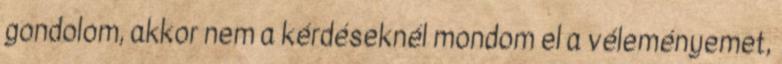
gondolom, akkor nem a kérdéseknél mondom el a véleményemet,